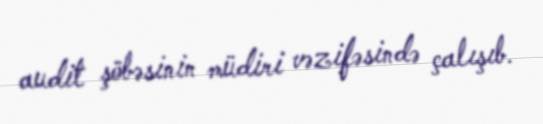
audit şöbəsinin müdiri vəzifəsində çalışıb.